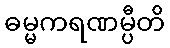
ဓမ္မကရဏမ္ပီတိ